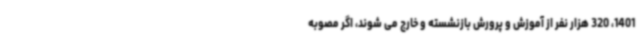
1401، 320 هزار نفر از آموزش و پرورش بازنشسته و خارج می شوند، اگر مصوبه